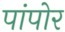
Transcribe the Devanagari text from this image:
पांपोर